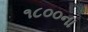
૧૮૦૦ના